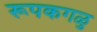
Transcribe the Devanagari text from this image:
रूपकगळु